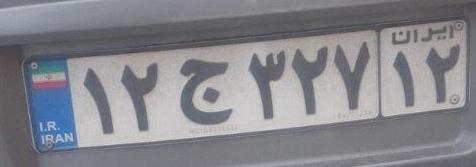
۱۲ج۳۲۷۱۲